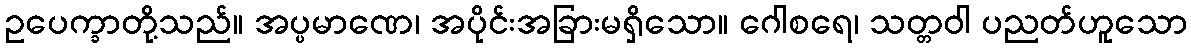
ဥပေက္ခာတို့သည်။ အပ္ပမာဏေ၊ အပိုင်းအခြားမရှိသော။ ဂေါစရေ၊ သတ္တဝါ ပညတ်ဟူသော